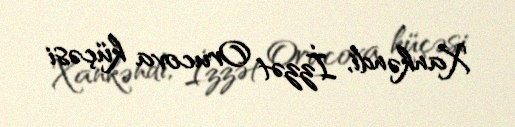
Xankəndi, İzzət Orucova küçəsi